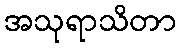
အသုရာသိတာ